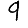
Digit: 9